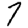
Digit: 7